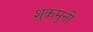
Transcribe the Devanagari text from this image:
शुकमुनी